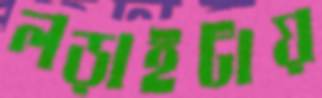
লড়াইটায়